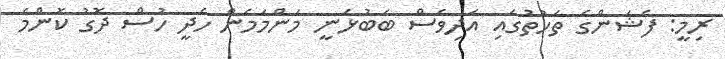
ރިމީ: ފެޝަންގެ ތަހުތުގައި އަދިވެސް ބަބުޅަނީ މަންމަމެން ހެދީ ހުސް ދޮގު ކޮންމެ